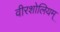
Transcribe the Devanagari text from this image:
वीरशोलियम्